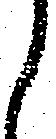
ら